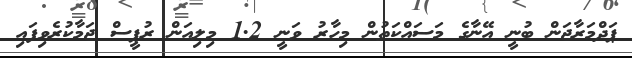
ޕަދްމަރާޖަން ބުނީ އޭނާގެ މަސައްކަތުން މިހާރު ވަނީ 1.2 މިލިއަން ރުޕީސް ޖަމާކުރެވިފައި